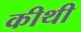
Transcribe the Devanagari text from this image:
कीथी